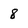
Character: 8